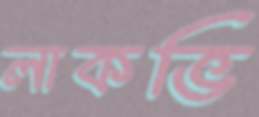
লাকভি